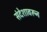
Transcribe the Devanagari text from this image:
संदेशावरून